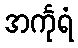
အင်္ကုရံ